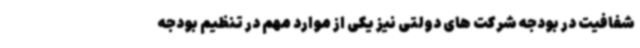
شفافیت در بودجه شرکت های دولتی نیز یکی از موارد مهم در تنظیم بودجه